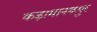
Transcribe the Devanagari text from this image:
कड़ामानकपुर